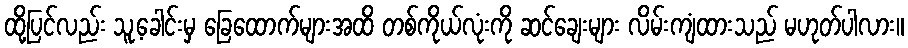
ထို့ပြင်လည်း သူ့ခေါင်းမှ ခြေထောက်များအထိ တစ်ကိုယ်လုံးကို ဆင်ချေးများ လိမ်းကျံထားသည် မဟုတ်ပါလား။